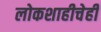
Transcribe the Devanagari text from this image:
लोकशाहीचेही